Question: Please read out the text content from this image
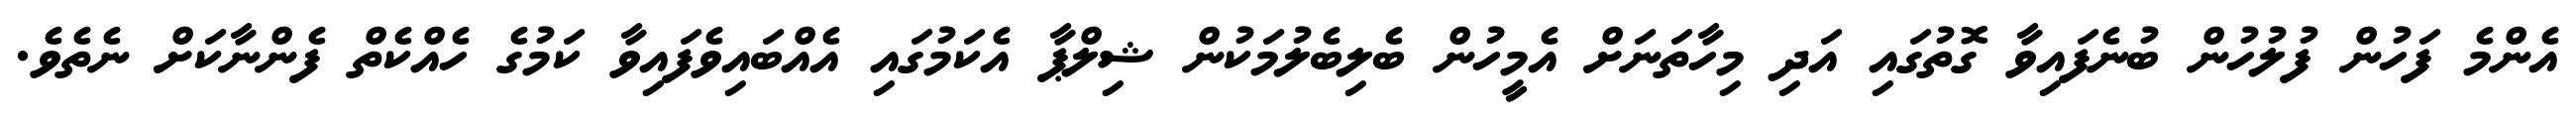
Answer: އެންމެ ފަހުން ފުލުހުން ބުނެފައިވާ ގޮތުގައި އަދި މިހާތަނަށް އެމީހުން ބެލިބެލުމަކުން ޝިލްޕާ އެކަމުގައި އެއްބައިވެފައިވާ ކަމުގެ ހެއްކެތް ފެންނާކަށް ނެތެވެ.